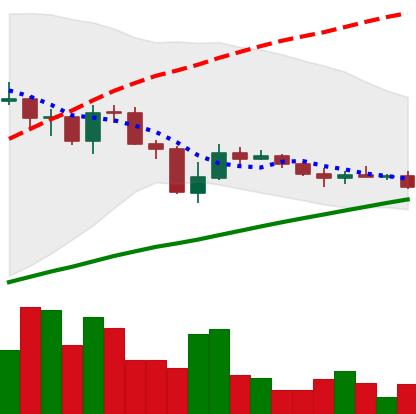
Ticker: LINK-USD
Chart end date: 2019-07-27
Forward return: -3.419%
Label: down_3_5